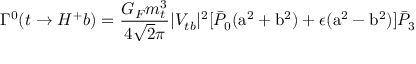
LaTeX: \Gamma ^ { 0 } ( t \rightarrow H ^ { + } b ) = \frac { G _ { F } m _ { t } ^ { 3 } } { 4 \sqrt 2 \pi } | V _ { t b } | ^ { 2 } [ \bar { P } _ { 0 } ( \mathrm { a } ^ { 2 } + \mathrm { b } ^ { 2 } ) + \epsilon ( \mathrm { a } ^ { 2 } - \mathrm { b } ^ { 2 } ) ] \bar { P } _ { 3 }